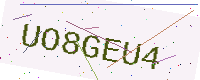
Text: UO8GEU4